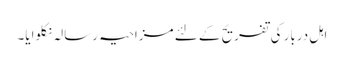
اہلِ دربار کی تفریح کے لئے مزاحیہ رسالہ نکلوایا۔